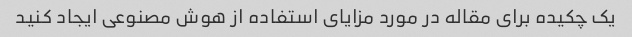
یک چکیده برای مقاله در مورد مزایای استفاده از هوش مصنوعی ایجاد کنید